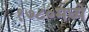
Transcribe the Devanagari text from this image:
१७८०मध्ये